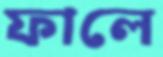
ফালে